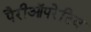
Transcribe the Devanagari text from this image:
पैरीऑपरेटिव